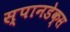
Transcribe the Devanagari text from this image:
स्पानडेक्स